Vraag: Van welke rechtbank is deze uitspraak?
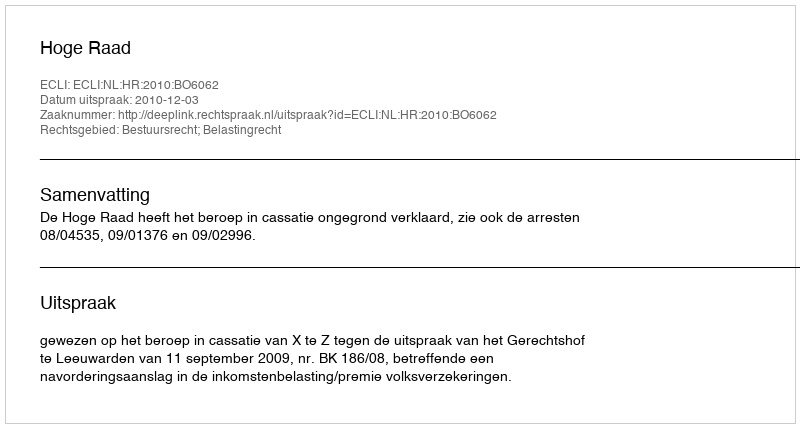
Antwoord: Hoge Raad